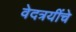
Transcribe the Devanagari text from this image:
वेदत्रयींचे